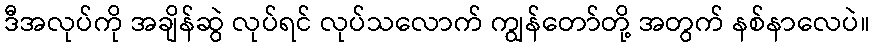
ဒီအလုပ်ကို အချိန်ဆွဲ လုပ်ရင် လုပ်သလောက် ကျွန်တော်တို့ အတွက် နစ်နာလေပဲ။